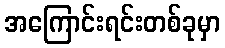
အကြောင်းရင်းတစ်ခုမှာ